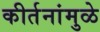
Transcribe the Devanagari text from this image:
कीर्तनांमुळे